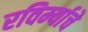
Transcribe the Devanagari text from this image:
रविर्म्याचे